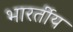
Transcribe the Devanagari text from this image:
भारर्तीय